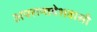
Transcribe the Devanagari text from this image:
अपरान्तदेशवासी